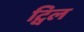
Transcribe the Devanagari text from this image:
ट्विल